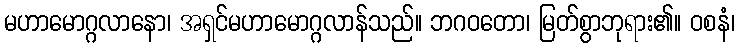
မဟာမောဂ္ဂလာနော၊ အရှင်မဟာမောဂ္ဂလာန်သည်။ ဘဂဝတော၊ မြတ်စွာဘုရား၏။ ဝစနံ၊